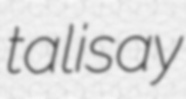
talisay